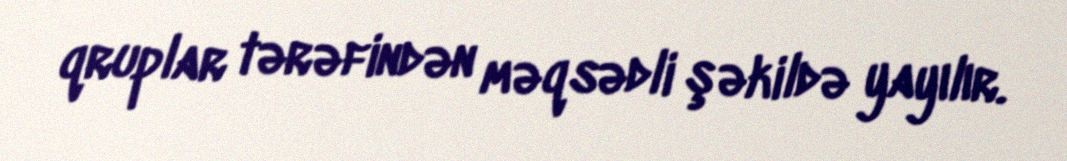
qruplar tərəfindən məqsədli şəkildə yayılır.